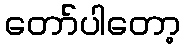
တော်ပါတော့